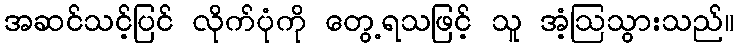
အဆင်သင့်ပြင် လိုက်ပုံကို တွေ့ရသဖြင့် သူ အံ့ဩသွားသည်။